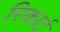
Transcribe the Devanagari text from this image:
रिकार्ट